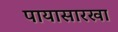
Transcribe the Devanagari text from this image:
पायासारखा